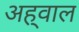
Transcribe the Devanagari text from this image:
अह्‌वाल